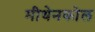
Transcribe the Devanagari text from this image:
मीथेनकोल